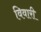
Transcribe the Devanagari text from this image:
विवारी